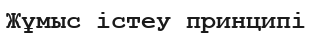
Жұмыс істеу принципі